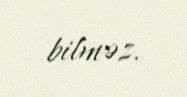
bilməz.